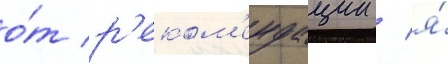
о́т р'еком'ендации / я́